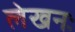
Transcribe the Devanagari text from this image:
लेखनः